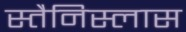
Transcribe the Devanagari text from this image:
स्तैनिस्लास